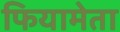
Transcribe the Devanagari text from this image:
फियामेता